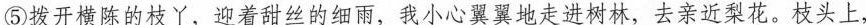
⑤拨开横陈的枝丫，迎着甜丝的细雨，我小心翼翼地走进树林，去亲近梨花。枝头上，